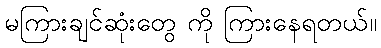
မကြားချင်ဆုံးတွေ ကို ကြားနေရတယ်။